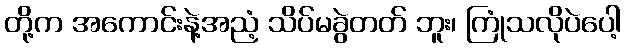
တို့က အကောင်းနဲ့အညံ့ သိပ်မခွဲတတ် ဘူး၊ ကြုံသလိုပဲပေါ့